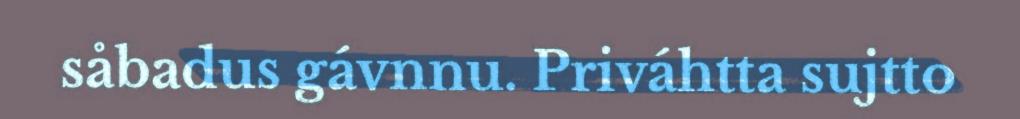
såbadus gávnnu. Priváhtta sujtto